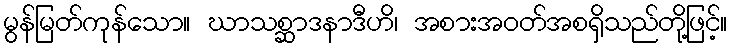
မွန်မြတ်ကုန်သော။ ဃာသစ္ဆာဒနာဒီဟိ၊ အစားအဝတ်အစရှိသည်တို့ဖြင့်။